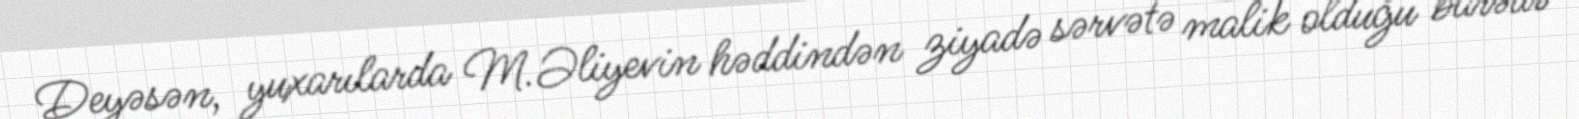
Deyəsən, yuxarılarda M.Əliyevin həddindən ziyadə sərvətə malik olduğu barədə